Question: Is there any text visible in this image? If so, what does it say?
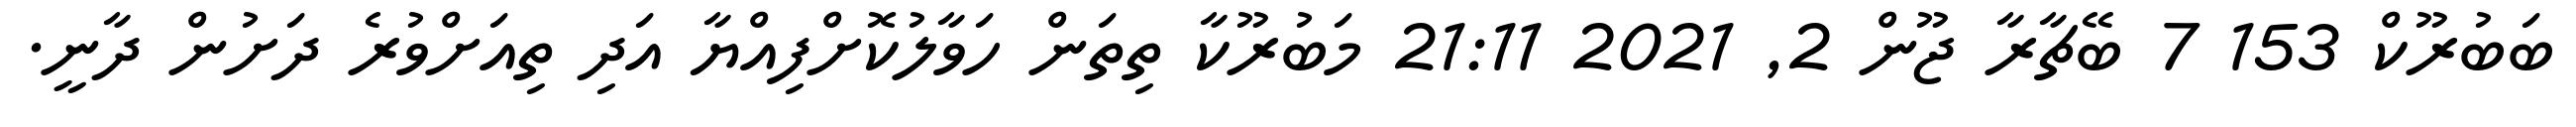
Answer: ބަބުރޫކް 153 7 ބޭޗާރާ ޖޫން 2, 2021 21:11 މަބުރޫކާ ތިތަން ހަވާލުކޮށްފިއްޔާ އަދި ތިއަށްވުރެ ދަށުން ދާނީ.